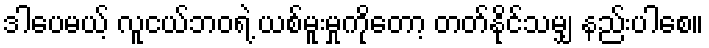
ဒါပေမယ့် လူငယ်ဘဝရဲ့ ယစ်မူးမှုကိုတော့ တတ်နိုင်သမျှ နည်းပါစေ။